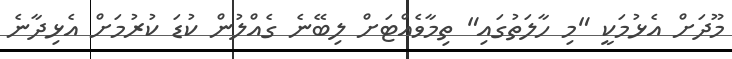
މޫދަށް އެޅުމަކީ "މި ހާލަތުގައި" ތިމާވެއްޓަށް ލިބޭނެ ގެއްލުން ކުޑަ ކުރުމަށް އެޅިދާނެ